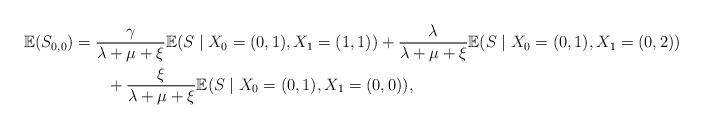
LaTeX: \begin{align*} \mathbb{E}(S_{0,0}) &= \frac{\gamma}{\lambda + \mu + \xi}\mathbb{E}(S\mid X_{0}=(0,1), X_{1}=(1,1)) + \frac{\lambda}{\lambda + \mu + \xi}\mathbb{E}(S\mid X_{0}=(0,1), X_{1}=(0,2)) \\ & \qquad+ \frac{\xi}{\lambda + \mu + \xi}\mathbb{E}(S\mid X_{0}=(0,1), X_{1}=(0,0)),\end{align*}